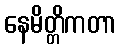
နေမိတ္တိကတာ